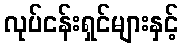
လုပ်ငန်းရှင်များနှင့်